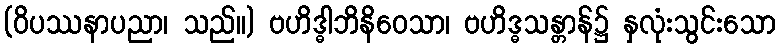
(ဝိပဿနာပညာ၊ သည်။) ဗဟိဒ္ဓါဘိနိဝေသာ၊ ဗဟိဒ္ဓသန္တာန်၌ နှလုံးသွင်းသော